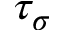
\tau _ { \sigma }